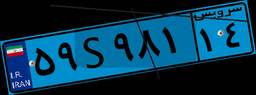
۵۹S۹۸۱۱۴